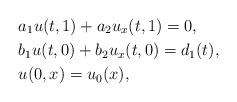
LaTeX: \begin{align*} &a_1u(t,1)+a_2u_x(t,1)=0,\\ &b_1u(t,0)+b_2u_x(t,0)=d_1(t),\\ &u(0,x)=u_0(x),\end{align*}